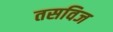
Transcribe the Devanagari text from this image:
तसविज